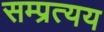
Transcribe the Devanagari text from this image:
सम्प्रत्यय